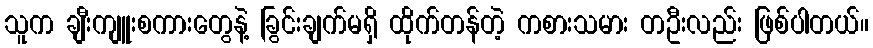
သူက ချီးကျူးစကားတွေနဲ့ ခြွင်းချက်မရှိ ထိုက်တန်တဲ့ ကစားသမား တဦးလည်း ဖြစ်ပါတယ်။